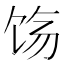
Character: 𬲰